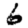
Digit: 6